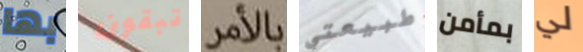
بها تبقون بالأمر طبيعتي بمأمن لي